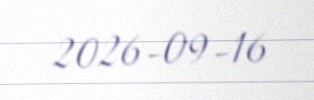
2026-09-16